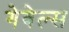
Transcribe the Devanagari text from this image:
गेवेल्स